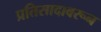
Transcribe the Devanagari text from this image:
प्रतिसादावरून